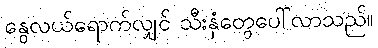
နွေလယ်ရောက်လျှင် သီးနှံတွေပေါ်လာသည်။